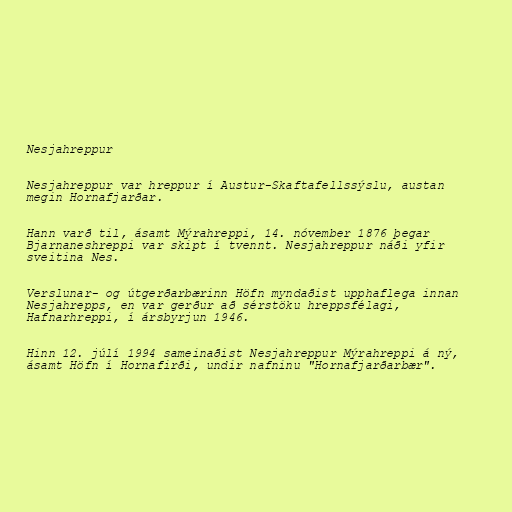
Nesjahreppur

Nesjahreppur var hreppur í Austur-Skaftafellssýslu, austan
megin Hornafjarðar.

Hann varð til, ásamt Mýrahreppi, 14. nóvember 1876 þegar
Bjarnaneshreppi var skipt í tvennt. Nesjahreppur náði yfir
sveitina Nes.

Verslunar- og útgerðarbærinn Höfn myndaðist upphaflega innan
Nesjahrepps, en var gerður að sérstöku hreppsfélagi,
Hafnarhreppi, í ársbyrjun 1946.

Hinn 12. júlí 1994 sameinaðist Nesjahreppur Mýrahreppi á ný,
ásamt Höfn í Hornafirði, undir nafninu "Hornafjarðarbær".